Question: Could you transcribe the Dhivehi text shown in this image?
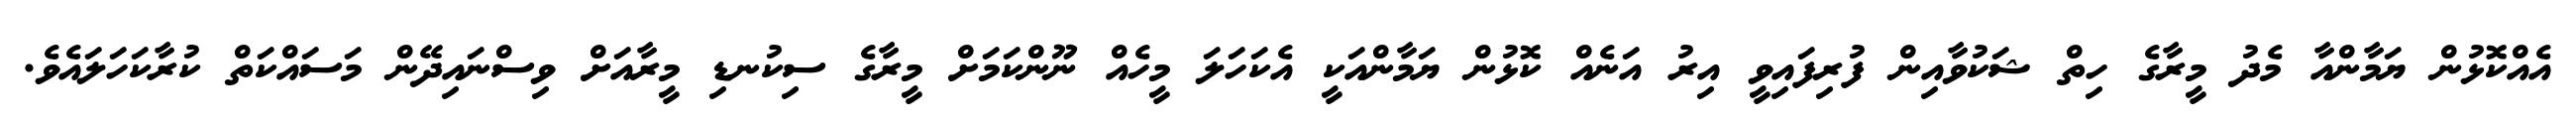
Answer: އެއްކޮޅުން ޔަމާންއާ މެދު މީރާގެ ހިތް ޝަކުވާއިން ފުރިފައިވީ އިރު އަނެއް ކޮޅުން ޔަމާންއަކީ އެކަހަލަ މީހެއް ނޫންކަމަށް މީރާގެ ސިކުނޑި މީރާއަށް ވިސްނައިދޭން މަސައްކަތް ކުރާކަހަލައެވެ.